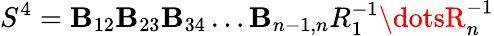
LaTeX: S^{4}=\mathbf{B}_{12}\mathbf{B}_{23}\mathbf{B}_{34}\dots\mathbf{B}_{n-1,n}R_{1}^{-1}\dotsR_{n}^{-1}